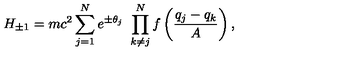
H _ { \pm 1 } = m c ^ { 2 } \sum _ { j = 1 } ^ { N } e ^ { \pm \theta _ { j } } \ \prod _ { k \not = j } ^ { N } f \left( \frac { q _ { j } - q _ { k } } { A } \right) ,